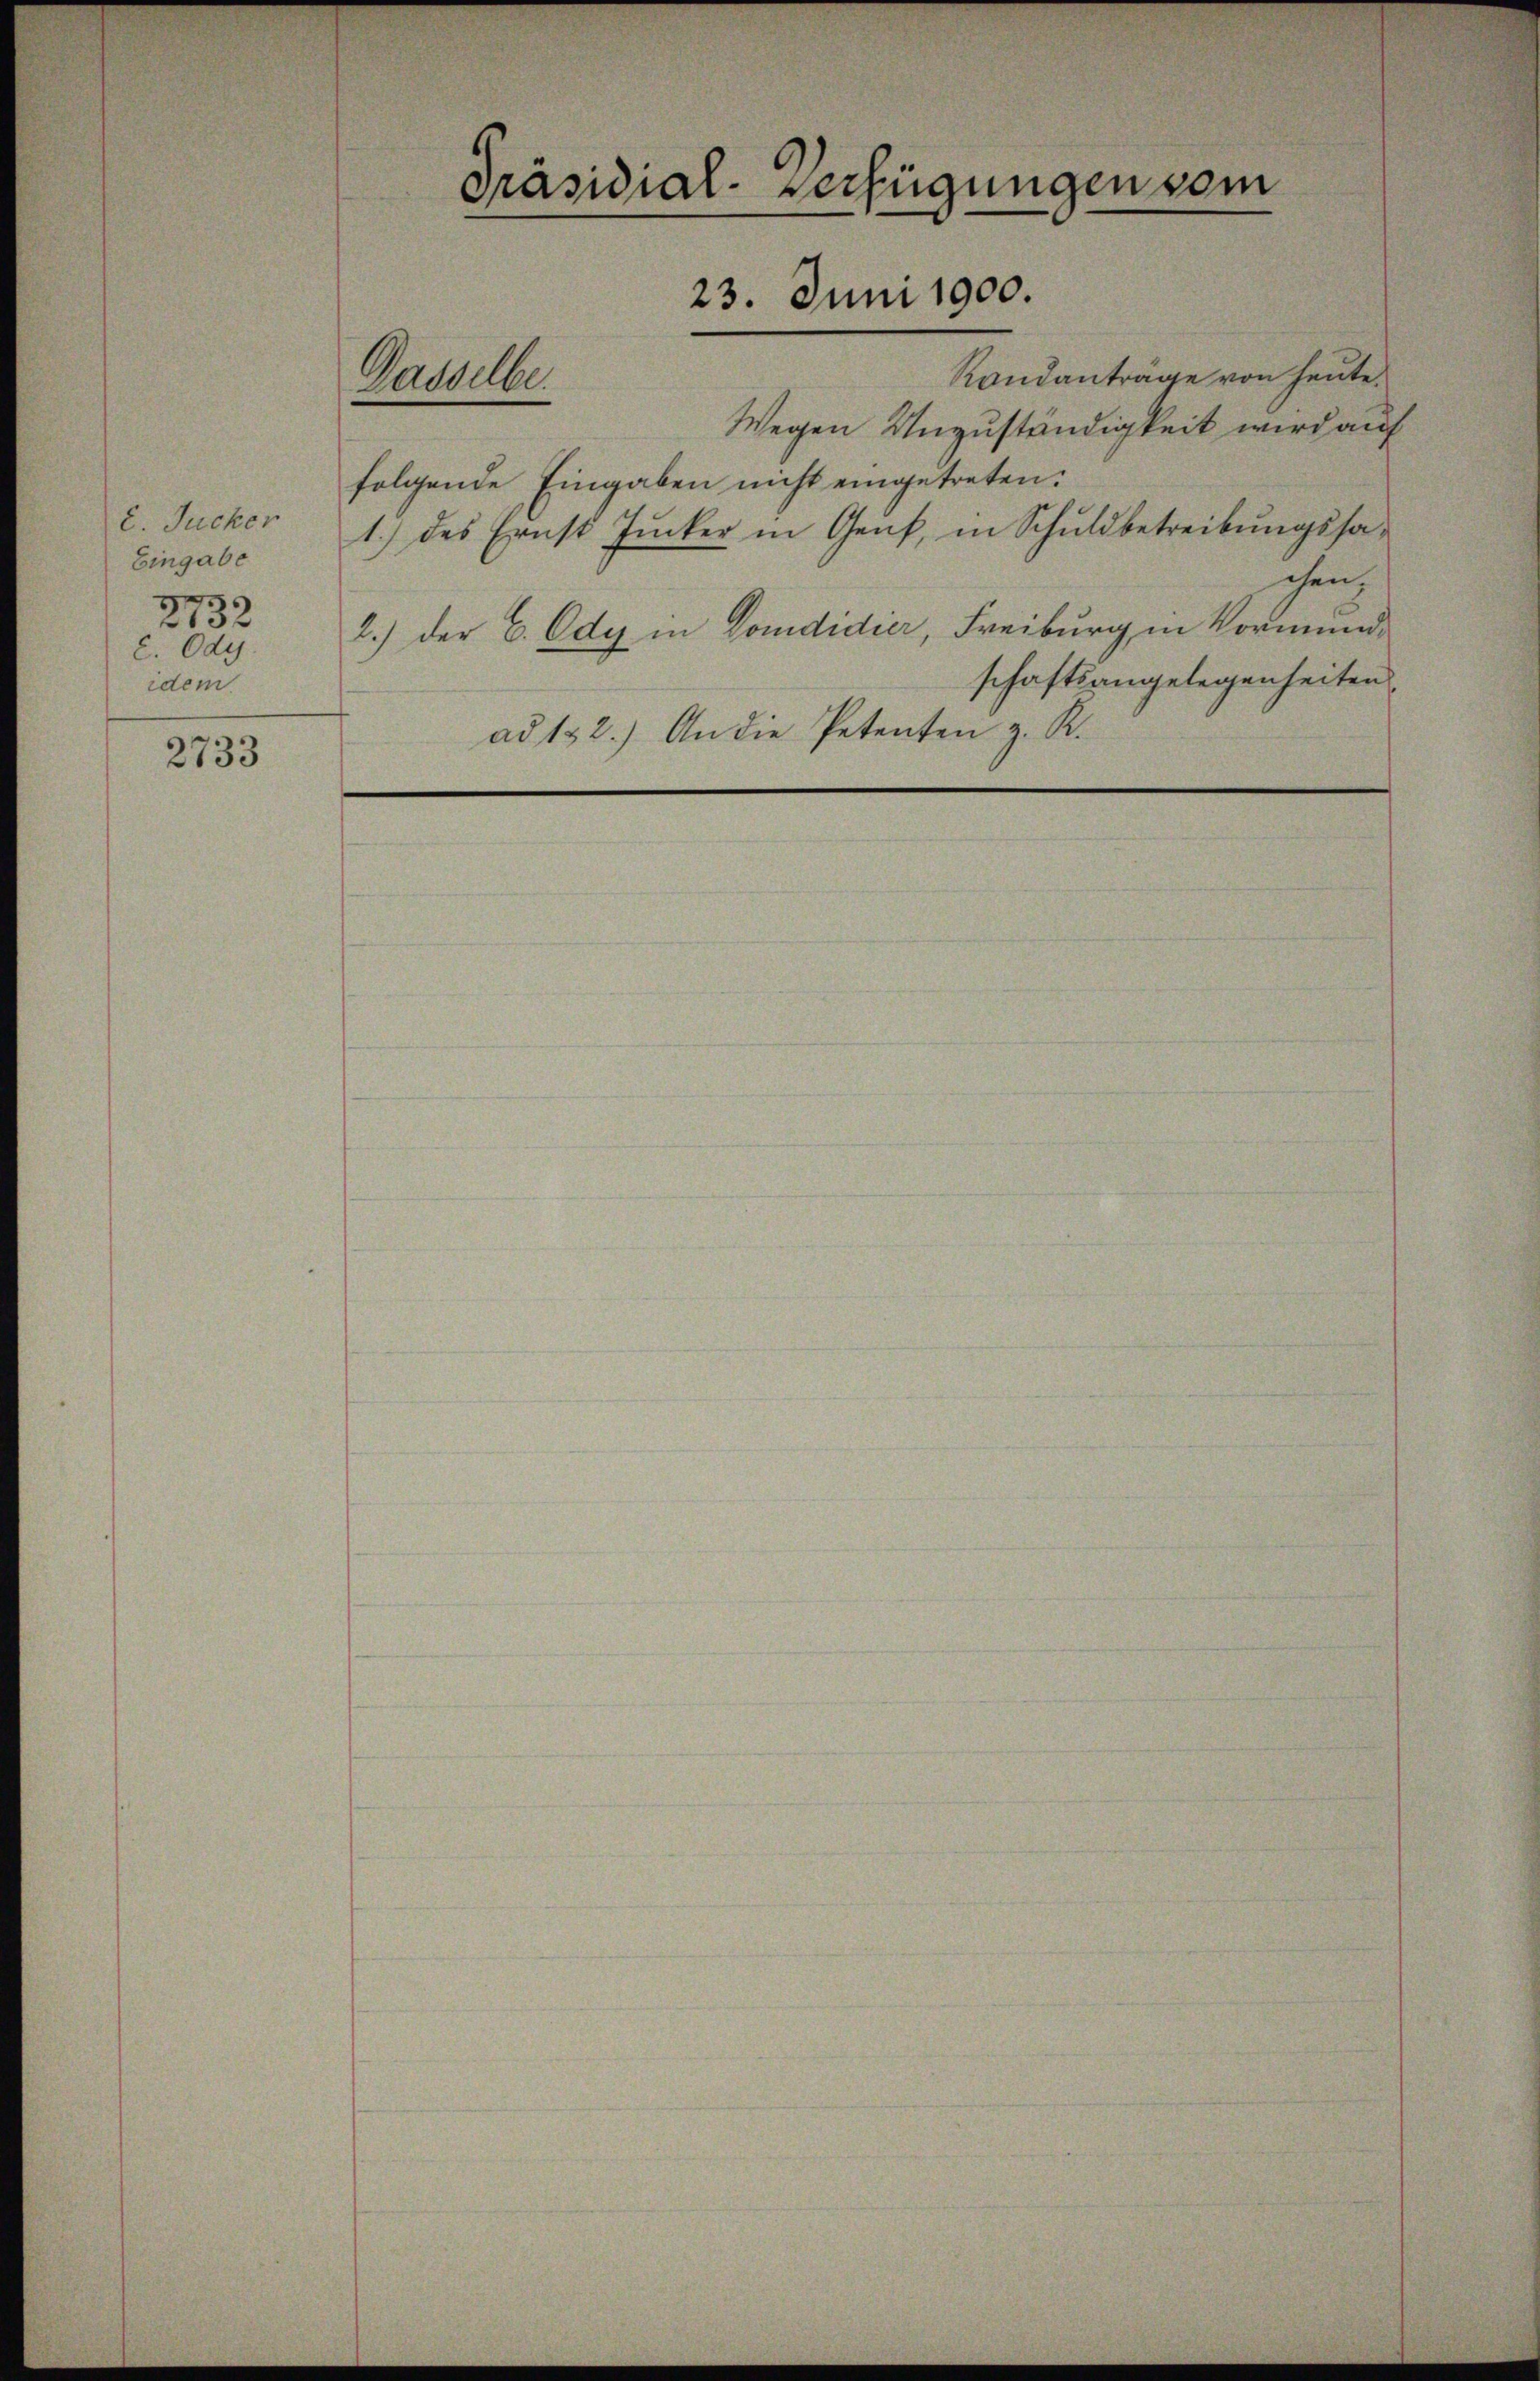
2. Jucker
Eingabe
2732
c. Odg.
idem

2733

Dasselbe.

Randanträge von heute.
Wegen Unzuständigkeit wird auf
folgende Eingaben nicht eingetreten.
1.) des Ernst Zucker in Genf, in Schuldbetreibungssachen
2.) Der C. Ode in Domdidier, Freiburg in Vormundschaftsangelegenheiten.
ad 132.) An die Petenten z. R.

Präsidial-Verfügungen vom
23. Juni 1900.